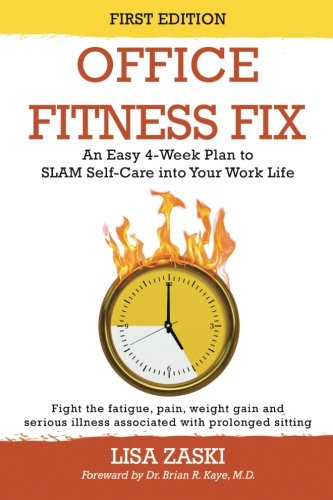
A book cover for Office Fitness Fix: An Easy 4-Week Plan to SLAM Self-Care into Your Work Life; Lisa Zaski; Health, Fitness & Dieting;